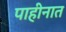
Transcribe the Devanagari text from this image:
पाहीनात